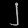
Digit: ၂